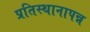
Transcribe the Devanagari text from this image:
प्रतिस्थानापन्न